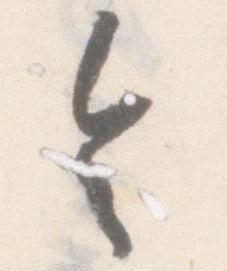
令